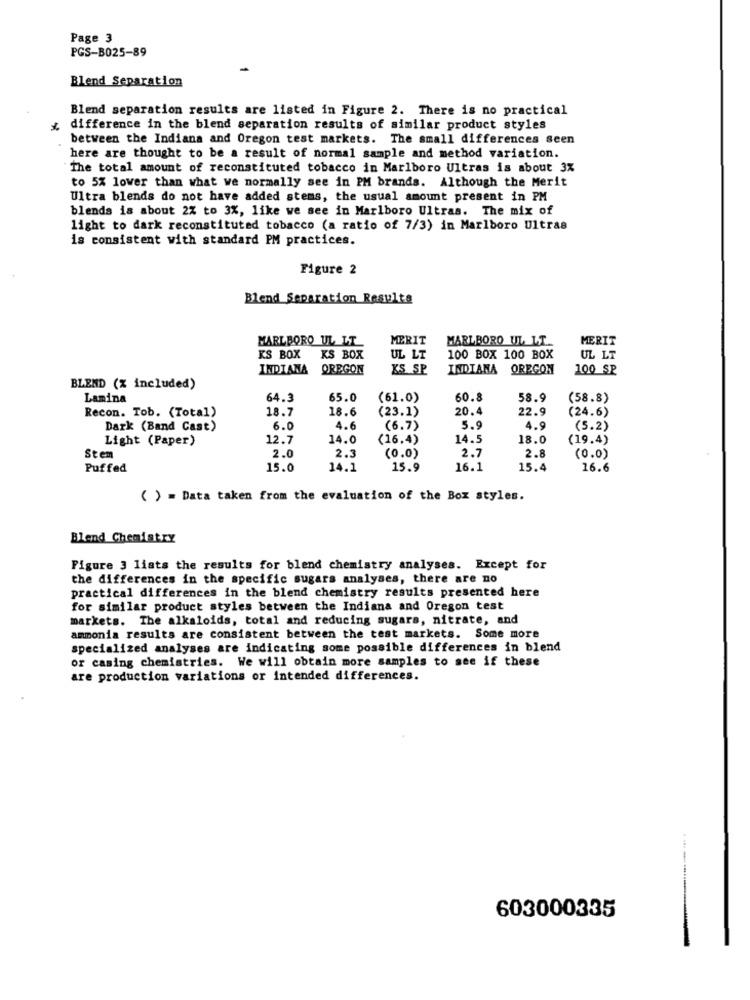
Page 3
PGS-B025-89
Blend Separation
Blend separation results are listed in Figure 2. There is no practical
difference in the blend separation results of similar product styles
between the Indiana and Oregon test markets. The small differences seen
here are thought to be a result of normal sample and method variation.
The total amount of reconstituted tobacco in Marlboro Ultras is about 3%
to 5% lower than what we normally see in PM brands. Although the Merit
Ultra blends do not have added stems, the usual amount present in PM
blends is about 2% to 3%, like we see in Marlboro Ultras. The mix of
light to dark reconstituted tobacco (a ratio of 7/3) in Marlboro Ultras
is consistent with standard PM practices.
Figure 2
Blend Separation Results
MERIT
MARLBORO UL LT.
MERIT
MARLBORO UL LT
KS BOX
KS BOX
UL LT
100 BOX 100 BOX
UL LT
INDIANA
OREGON
KS SP
INDIANA OREGON
100 SP
BLEND (% included)
Lamina
64.3
65.0
(61.0)
60.8
58.9
(58.8)
Recon. Tob. (Total)
18.7
18.6
(23.1)
20.4
22.9
(24.6)
Dark (Band Cast)
6.0
4.6
(6.7)
5.9
4.9
(5.2)
Light (Paper)
12.7
14.0
(16.4)
14.5
18.0
(19.4)
2.3
(0.0)
2.7
2.8
Stem
2.0
(0.0)
Puffed
15.0
14.1
15.9
16.1
15.4
16.6
( ) = Data taken from the evaluation of the Box styles.
Blend Chemistry
Figure 3 lists the results for blend chemistry analyses. Except for
the differences in the specific sugars analyses, there are no
practical differences in the blend chemistry results presented here
for similar product styles between the Indiana and Oregon test
markets. The alkaloids, total and reducing sugars, nitrate, and
ammonia results are consistent between the test markets. Some more
specialized analyses are indicating some possible differences in blend
or casing chemistries. We will obtain more samples to see if these
are production variations or intended differences.
603000335